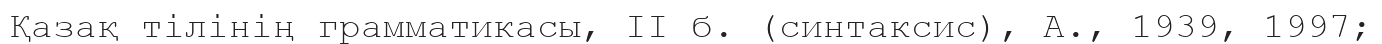
Қазақ тілінің грамматикасы, ІІ б. (синтаксис), А., 1939, 1997;